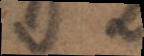
ut a